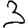
Digit: 3